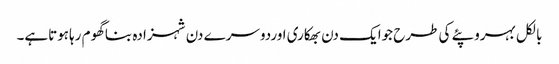
بالکل بہروپئے کی طرح جوایک دن بھکاری اوردوسرے دن شہزادہ بناگھوم رہاہوتاہے۔